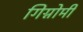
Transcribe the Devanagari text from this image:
गिग्नोमी